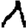
Digit: 1